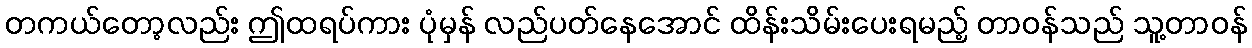
တကယ်တော့လည်း ဤထရပ်ကား ပုံမှန် လည်ပတ်နေအောင် ထိန်းသိမ်းပေးရမည့် တာဝန်သည် သူ့တာဝန်